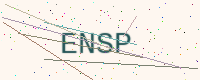
Text: ENSP